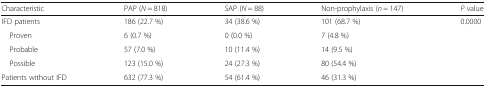
<table><thead><tr><td><b>Characteristic</b></td><td><b>PAP (<i>N</i> = 818)</b></td><td><b>SAP (<i>N</i> = 88)</b></td><td><b>Non-prophylaxis (<i>n</i> = 147)</b></td><td><b><i>P</i> value</b></td></tr></thead><tbody><tr><td>IFD patients</td><td>186 (22.7 %)</td><td>34 (38.6 %)</td><td>101 (68.7 %)</td><td rowspan="4">0.0000</td></tr><tr><td> Proven</td><td>6 (0.7 %)</td><td>0 (0.0 %)</td><td>7 (4.8 %)</td></tr><tr><td> Probable</td><td>57 (7.0 %)</td><td>10 (11.4 %)</td><td>14 (9.5 %)</td></tr><tr><td> Possible</td><td>123 (15.0 %)</td><td>24 (27.3 %)</td><td>80 (54.4 %)</td></tr><tr><td>Patients without IFD</td><td>632 (77.3 %)</td><td>54 (61.4 %)</td><td>46 (31.3 %)</td><td></td></tr></tbody></table>